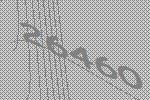
26460